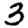
Digit: 3